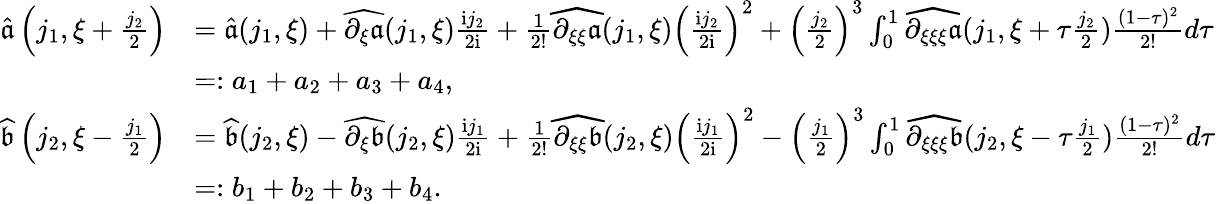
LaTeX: \begin{array}{rl}{\widehat{\mathfrak{a}}\left(j_{1},\xi+\frac{j_{2}}2\right)}&{=\widehat{\mathfrak{a}}(j_{1},\xi)+\widehat{\partial_{\xi}\mathfrak{a}}(j_{1},\xi)\frac{\mathrm{i}j_{2}}{2\mathrm{i}}+\frac{1}{2!}\widehat{\partial_{\xi\xi}\mathfrak{a}}(j_{1},\xi)\left(\frac{\mathrm{i}j_{2}}{2\mathrm{i}}\right)^{2}+\left(\frac{j_{2}}{2}\right)^{3}\int_{0}^{1}\widehat{\partial_{\xi\xi\xi}\mathfrak{a}}(j_{1},\xi+\tau\frac{j_{2}}2)\frac{(1-\tau)^{2}}{2!}d\tau}\\ &{=:a_{1}+a_{2}+a_{3}+a_{4},}\\ {\widehat{\mathfrak{b}}\left(j_{2},\xi-\frac{j_{1}}2\right)}&{=\widehat{\mathfrak{b}}(j_{2},\xi)-\widehat{\partial_{\xi}\mathfrak{b}}(j_{2},\xi)\frac{\mathrm{i}j_{1}}{2\mathrm{i}}+\frac{1}{2!}\widehat{\partial_{\xi\xi}\mathfrak{b}}(j_{2},\xi)\left(\frac{\mathrm{i}j_{1}}{2\mathrm{i}}\right)^{2}-\left(\frac{j_{1}}{2}\right)^{3}\int_{0}^{1}\widehat{\partial_{\xi\xi\xi}\mathfrak{b}}(j_{2},\xi-\tau\frac{j_{1}}2)\frac{(1-\tau)^{2}}{2!}d\tau}\\ &{=:b_{1}+b_{2}+b_{3}+b_{4}.}\end{array}